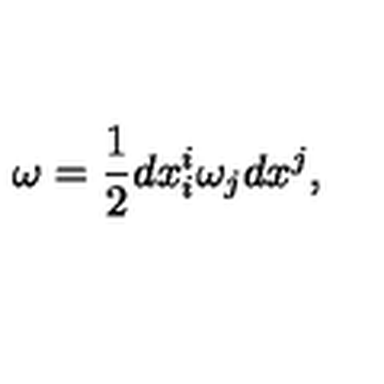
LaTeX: \omega = \displaystyle \frac { 1 } { 2 } d x ^ { i } _ { i } \omega _ { j } d x ^ { j } ,